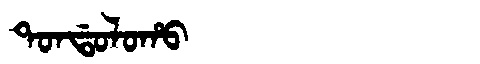
Manchu: ᡨᠣᠨᡩᠣᠯᠣᡥᠣ
Romanization: TONDOLOHO